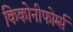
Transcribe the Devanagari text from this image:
किकोनीफोर्म्स